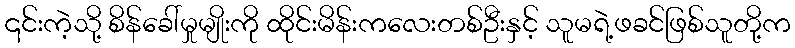
၎င်းကဲ့သို့ စိန်ခေါ်မှုမျိုးကို ထိုင်းမိန်းကလေးတစ်ဦးနှင့် သူမရဲ့ဖခင်ဖြစ်သူတို့က